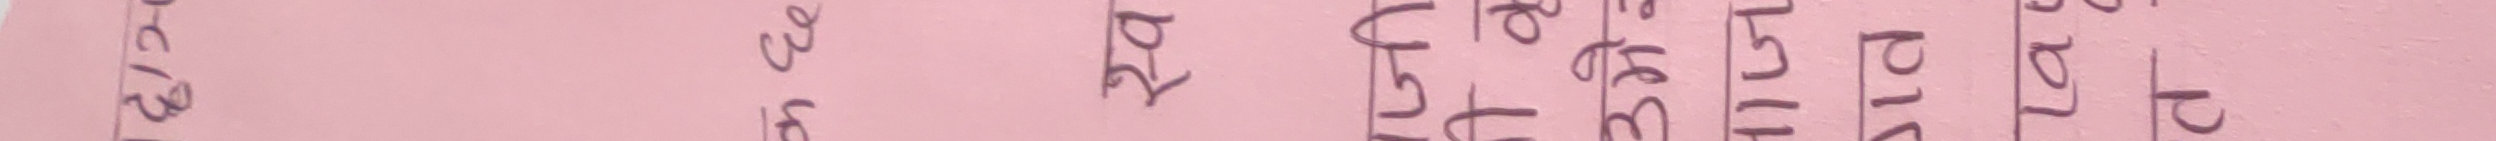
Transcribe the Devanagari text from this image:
२८ कसैले पनि सक्ने छैन ।